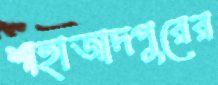
শাহাজাদপুরের